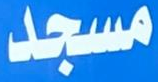
مسجد